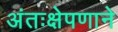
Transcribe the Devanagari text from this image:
अंतःक्षेपणाने